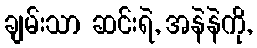
ချမ်းသာ ဆင်းရဲ, အနဲနဲကို,